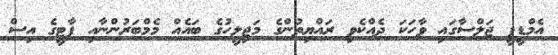
އެމްޑީޕީ ޖަލްސާގައި ވާހަކަ ދެއްކެވި ރައްޔިތުންގެ މަޖިލީހުގެ ބައެއް މެމްބަރުންނާއި ޕާޓީގެ އިސް